Vaccination in Bombay 1856-1862 - 1856-1862
Year: 1856
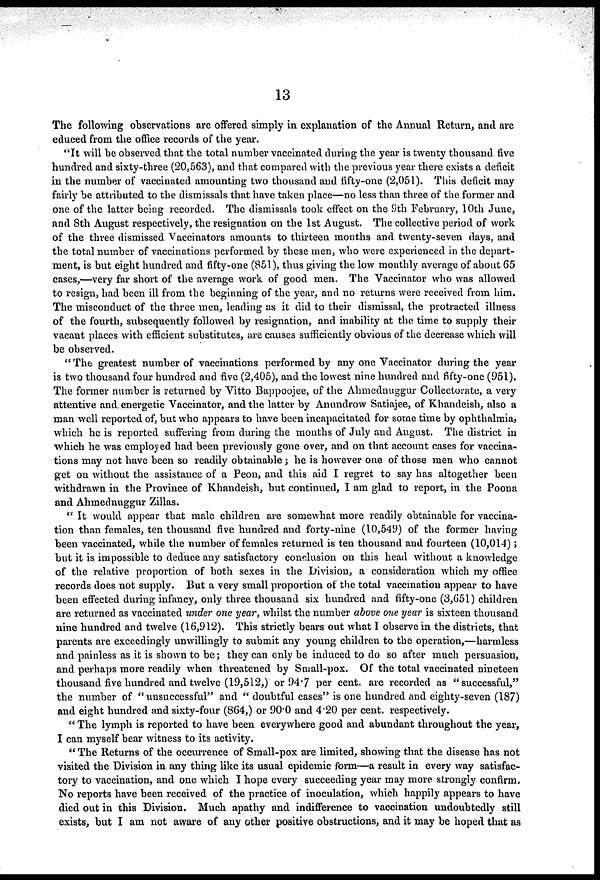
13
The following observations are offered simply in explanation of the Annual Return, and are
educed from the office records of the year.
"It will be observed that the total number vaccinated during the year is twenty thousand five
hundred and sixty-three (20,563), and that compared with the previous year there exists a deficit
in the number of vaccinated amounting two thousand and fifty-one (2,051). This deficit may
fairly be attributed to the dismissals that have taken place—no less than three of the former and
one of the latter being recorded. The dismissals took effect on the 9th February, 10th June,
and 8th August respectively, the resignation on the 1st August. The collective period of work
of the three dismissed Vaccinators amounts to thirteen months and twenty-seven days, and
the total number of vaccinations performed by these men, who were experienced in the depart-
ment, is but eight hundred and fifty-one (851), thus giving the low monthly average of about 65
cases,—very far short of the average work of good men. The Vaccinator who was allowed
to resign, had been ill from the beginning of the year, and no returns were received from him.
The misconduct of the three men, leading as it did to their dismissal, the protracted illness
of the fourth, subsequently followed by resignation, and inability at the time to supply their
vacant places with efficient substitutes, are causes sufficiently obvious of the decrease which will
be observed.
" The greatest number of vaccinations performed by any one Vaccinator during the year
is two thousand four hundred and five (2,405), and the lowest nine hundred and fifty-one (951).
The former number is returned by Vitto Bappoojee, of the Ahmednuggur Collectorate, a very
attentive and. energetic Vaccinator, and the latter by Anundrow Satiajee, of Khandeish, also a
man well reported of, but who appears to have been incapacitated for some time by ophthalmia,
which he is reported suffering from during the months of July and August. The district in
which he was employed had been previously gone over, and on that account cases for vaccina-
tions may not have been so readily obtainable; he is however one of those men who cannot
get on without the assistance of a Peon, and this aid I regret to say has altogether been
withdrawn in the Province of Khandeish, but continued, I am glad to report, in the Poona
and Ahmednuggur Zillas.
" It would appear that male children are somewhat more readily obtainable for vaccina-
tion than females, ten thousand five hundred and forty-nine (10,549) of the former having
been vaccinated, while the number of females returned is ten thousand and fourteen (10,014);
but it is impossible to deduce any satisfactory conclusion on this head without a knowledge
of the relative proportion of both sexes in the Division, a consideration which my office
records does not supply. But a very small proportion of the total vaccination appear to have
been effected during infancy, only three thousand six hundred and fifty-one (3,651) children
are returned as vaccinated under one year, whilst the number above one year is sixteen thousand
nine hundred and twelve (16,912). This strictly bears out what I observe in the districts, that
parents are exceedingly unwillingly to submit any young children to the operation,—harmless
and painless as it is shown to be; they can only be induced to do so after much persuasion,
and perhaps more readily when threatened by Small-pox. Of the total vaccinated nineteen
thousand five hundred and twelve (19,512,) or 94.7 per cent. are recorded as "successful,"
the number of "unsuccessful" and " doubtful cases" is one hundred and eighty-seven (187)
and eight hundred and sixty-four (864,) or 90.0 and 4.20 per cent. respectively.
" The lymph is reported to have been everywhere good and abundant throughout the year,
I can myself bear witness to its activity.
" The Returns of the occurrence of Small-pox are limited, showing that the disease has not
visited the Division in any thing like its usual epidemic form—a result in every way satisfac-
tory to vaccination, and one which I hope every succeeding year may more strongly confirm.
No reports have been received of the practice of inoculation, which happily appears to have
died out in this Division. Much apathy and indifference to vaccination undoubtedly still
exists, but I am not aware of any other positive obstructions, and it may be hoped that as